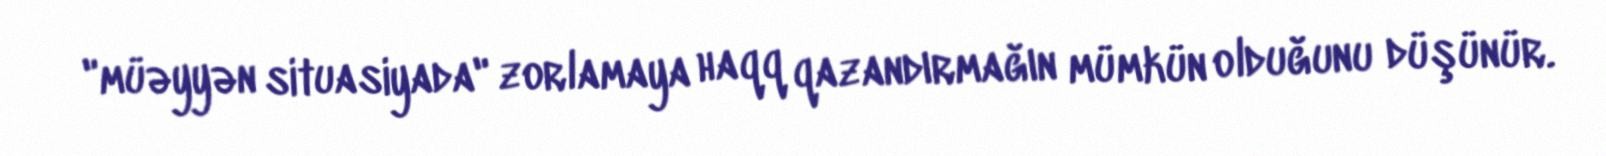
"müəyyən situasiyada" zorlamaya haqq qazandırmağın mümkün olduğunu düşünür.